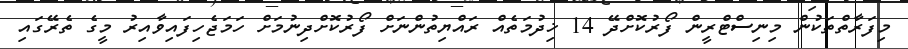
މިފަރާތްތަކުން މިނިސްޓްރީން ފޯރުކޮށްދޭ 14 ޚިދުމަތެއް ރައްޔިތުންނަށް ފޯރުކޮށްދިނުމަށް ހަމަޖެހިފައިވާއިރު މީގެ ތެރޭގައި